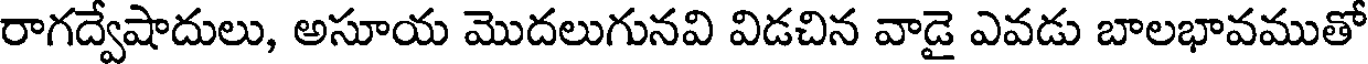
రాగద్వేషాదులు, అసూయ మొదలుగునవి విడచిన వాడై ఎవడు బాలభావముతో